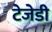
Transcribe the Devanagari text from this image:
टेजेडी